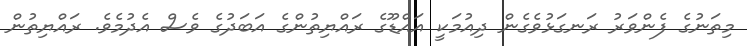
މިތަނުގެ ފެންވަރު ރަނގަޅުވެގެން ދިއުމަކީ އައްޑޫގެ ރައްޔިތުންގެ އަބަދުގެ ވެސް އެދުމެވެ. ރައްޔިތުން